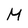
Character: M